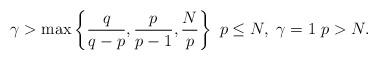
LaTeX: \begin{align*}\gamma>\max \left\{\frac{q}{q-p},\frac{p}{p-1}, \frac{N}{p}\right\} \ p\le N, \ \gamma=1 \ p> N.\end{align*}